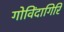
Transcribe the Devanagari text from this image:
गोविंदागिरि